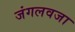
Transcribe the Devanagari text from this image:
जंगलवजा